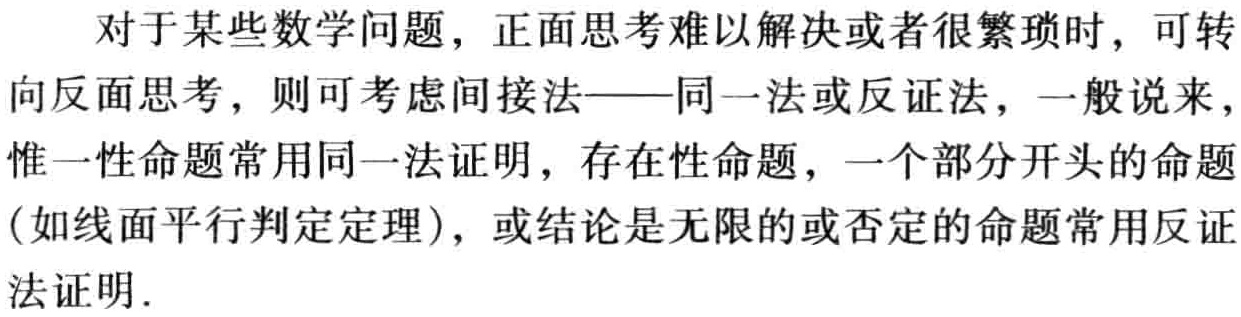
对于某些数学问题，正面思考难以解决或者很繁琐时，可转向反面思考，则可考虑间接法——同一法或反证法，一般说来，惟一性命题常用同一法证明，存在性命题，一个部分开头的命题(如线面平行判定定理)，或结论是无限的或否定的命题常用反证法证明.